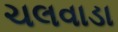
ચલવાડા